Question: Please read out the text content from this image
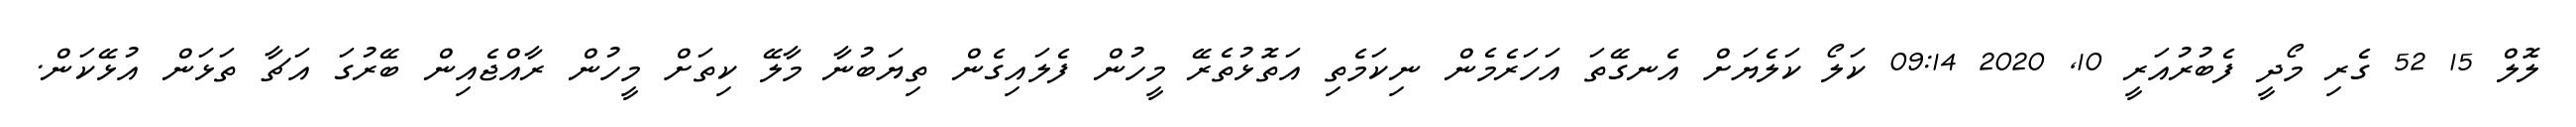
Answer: ލޮލް 15 52 ގެރި މޯދީ ފެބުރުއަރީ 10, 2020 09:14 ކަލޯ ކަލެޔަށް އެނގޭތަ އަހަރެމެން ނިކަމެތި އަތޮޅުތެރޭ މީހުން ފެލައިގެން ތިޔަބުނާ މާލޭ ކިތަށް މީހުން ރާއްޖެއިން ބޭރުގަ އަޗާ ތަޅަން އުޅޭކަން.